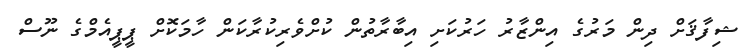
ޝިފާޤަށް ދިން މަރުގެ އިންޒާރު ހަރުކަށި އިބާރާތުން ކުށްވެރިކުރާކަން ހާމަކޮށް ޕީޕީއެމްގެ ނޫސް